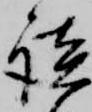
談